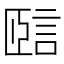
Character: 𧧃